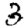
Digit: 3